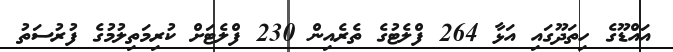
އައްޑޫގެ ހިތަދޫގައި އަޅާ 264 ފްލެޓުގެ ތެރެއިން 230 ފްލެޓަށް ކުރިމަތިލުމުގެ ފުރުސަތު